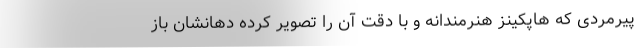
پیرمردی که هاپکینز هنرمندانه و با دقت آن را تصویر کرده دهانشان باز